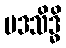
ပဒသိဒ္ဓိ